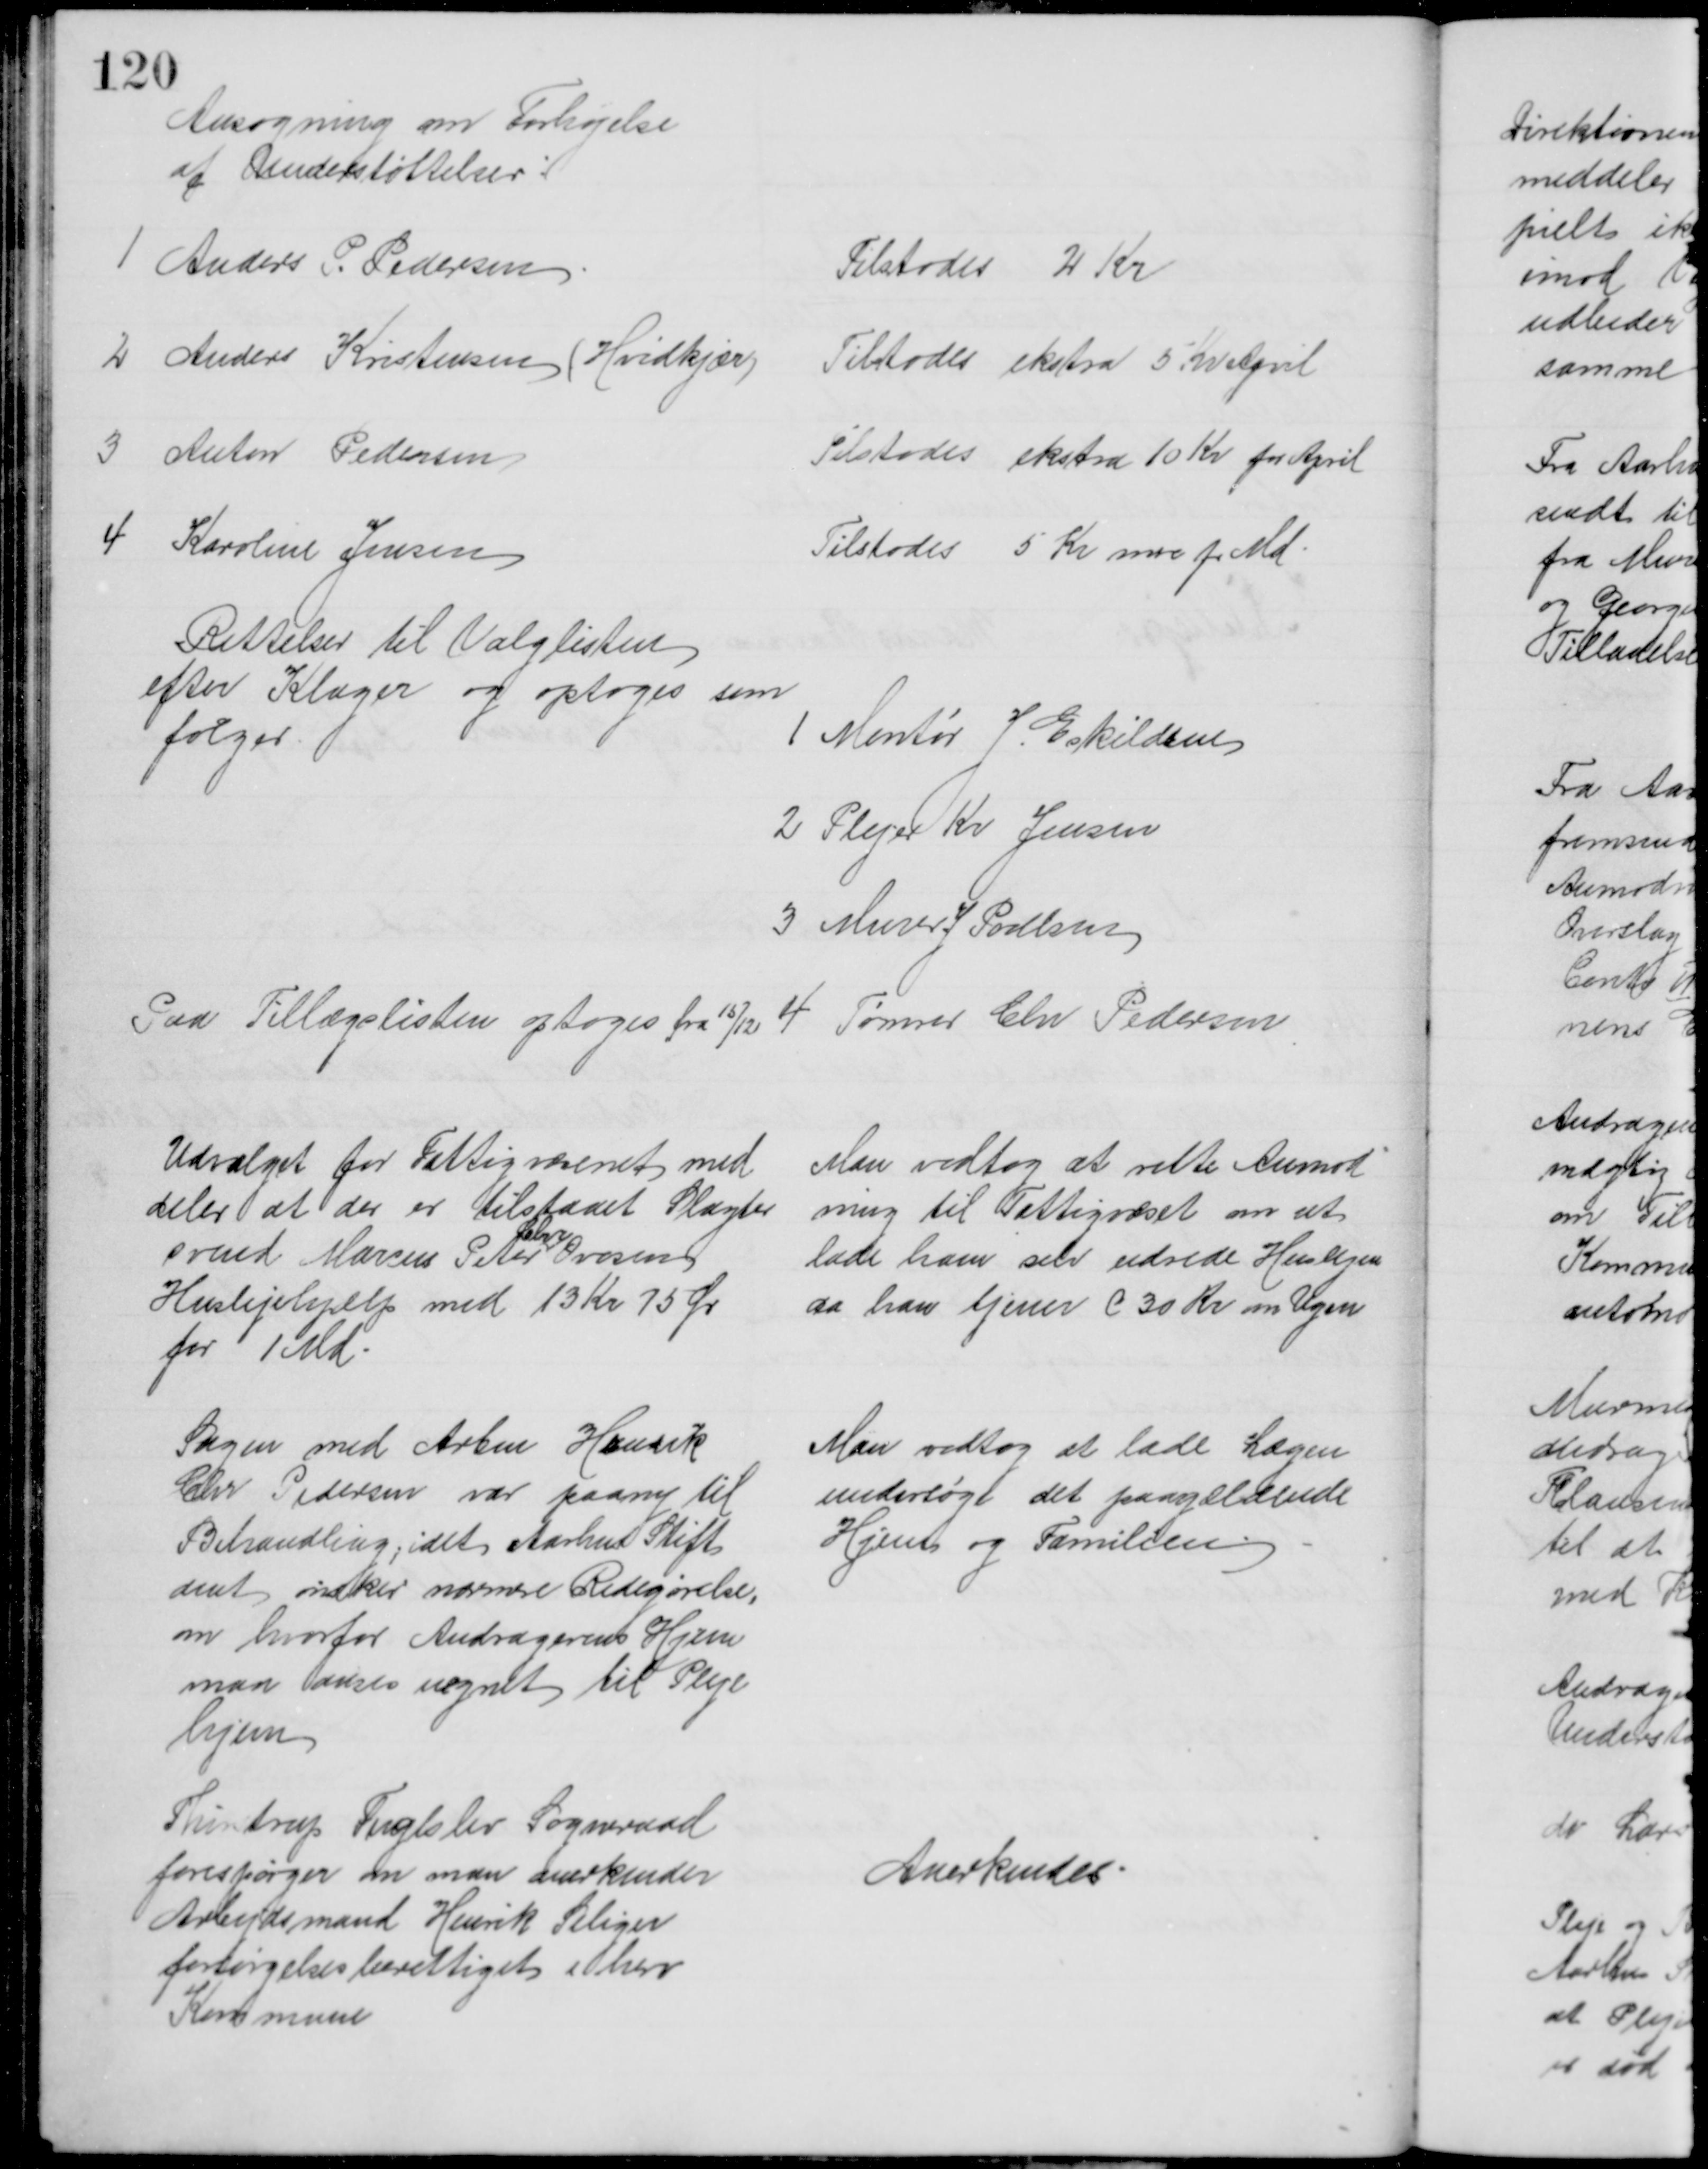
Transskription:
Ansøgning om Forhøjelse
af Understøttelser:
1
Anders P. Pedersen
Tilstodes 2 Kr
2 Anders Kristensen (Hvidkjær)
Tilstodes ekstra 5 Kr April
3 Anton Pedersen
Tilstodes ekstra 10 Kr for April
4 Karoline Jensen
Tilstodes 5 Kr mere pr Md
Rettelser til Valglisten
efter Klager og optoges som
følger
1 Montør J. Eskildsen
2 Plejer Kr. Jensen
3 Murer J Poulsen
Paa Tillægslisten optoges fra 15/12
4
Tømrer Chr Pedersen
Udvalget for Fattigvæsenet med 
deler at der er tilstaaet Slagter
svend Marcus Peter 
Chr
Ovesen
Huslejehjælp med 13 Kr 75 Ør
for 1 Md
Man vedtog at rette Anmod
ning til Fattigvæset om at
lade ham selv udrede Huslejen
da han tjener C 30 Kr om Ugen
Sagen med Arbm Henrik
Chr Pedersen var paany til
Behandling, idet Aarhus Stift
amt ønsker nærmere Redegørelse,
om hvorfor Andragerens Hjem
maa anses uegnet til Pleje
hjem
Man vedtog at lade Lægen
undersøge det paagældende
Hjem og Familien
Thirstrup Fuglslev Sogneraad
forespørger om man anerkender
Arbejdsmand Henrik Seliger
forsørgelsesberettiget i herv
Kommune
Anerkendes